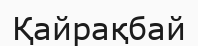
Қайрақбай